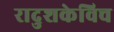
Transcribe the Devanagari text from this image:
रादुशकेविच